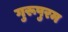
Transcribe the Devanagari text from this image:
गुरूपुरम